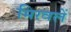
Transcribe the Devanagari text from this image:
मिरवलें